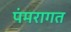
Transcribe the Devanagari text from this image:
पंमरागत